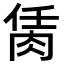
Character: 𦚮